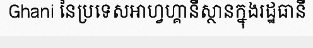
Ghani នៃប្រទេសអាហ្វហ្គានីស្ថានក្នុងរដ្ឋធានី